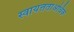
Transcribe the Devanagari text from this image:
स्वायत्तताअधिक